Civil Veterinary Dept. Bombay admin report 1932-41 - 1932-1941
Year: 1932
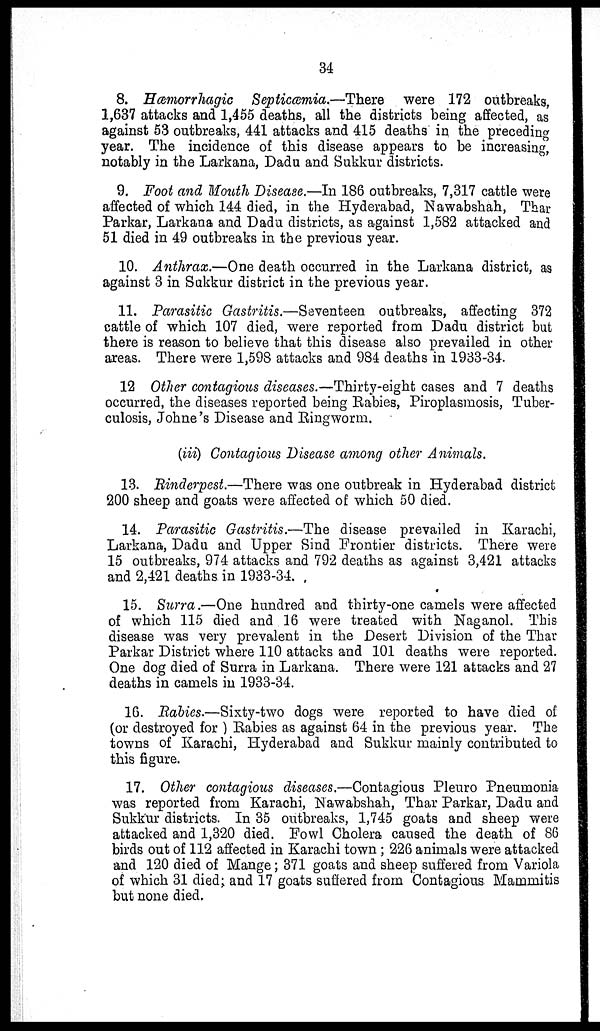
34
8. Hæmorrhagic Septicæmia.—There
were 172 outbreaks,
1,637 attacks and 1,455 deaths, all the districts being affected, as
against 53 outbreaks, 441 attacks and 415 deaths in the preceding
year. The incidence of this disease appears to be increasing,
notably in the Larkana, Dadu and Sukkur districts.
9. Foot and Mouth Disease.—In 186 outbreaks, 7,317 cattle were
affected of which 144 died, in the Hyderabad, Nawabshah, Thar
Parkar, Larkana and Dadu districts, as against 1,582 attacked and
51 died in 49 outbreaks in the previous year.
10. Anthrax.—One death occurred in the Larkana district, as
against 3 in Sakkur district in the previous year.
11. Parasitic Gastritis.—Seventeen outbreaks, affecting 372
cattle of which 107 died, were reported from Dadu district but
there is reason to believe that this disease also prevailed in other
areas. There were 1,598 attacks and 984 deaths in 1933-34.
12 Other contagious diseases.—Thirty-eight cases and 7 deaths
occurred, the diseases reported being Rabies, Piroplasmosis, Tuber-
culosis, Johne's Disease and Ringworm.
(iii) Contagious Disease among other Animals.
13. Rinderpest.—There was one outbreak in Hyderabad district
200 sheep and goats were affected of which 50 died.
14. Parasitic Gastritis.—The disease prevailed in Karachi,
Larkana, Dadu and Upper Sind Frontier districts. There were
15 outbreaks, 974 attacks and 792 deaths as against 3,421 attacks
and 2,421 deaths in 1933-34.
15. Surra.—One hundred and thirty-one camels were affected
of which 115 died and 16 were treated with Naganol. This
disease was very prevalent in the Desert Division of the Thar
Parkar District where 110 attacks and 101 deaths were reported.
One dog died of Surra in Larkana. There were 121 attacks and 27
deaths in camels in 1933-34.
16. Rabies.—Sixty-two dogs were reported to have died of
(or destroyed for ) Rabies as against 64 in the previous year. The
towns of Karachi, Hyderabad and Sukkur mainly contributed to
this figure.
17. Other contagious diseases.—Contagious Pleuro Pneumonia
was reported from Karachi, Nawabshah, Thar Parkar, Dadu and
Sukkur districts. In 35 outbreaks, 1,745 goats and sheep were
attacked and 1,320 died. Fowl Cholera caused the death of 86
birds out of 112 affected in Karachi town ; 226 animals were attacked
and 120 died of Mange ; 371 goats and sheep suffered from Variola
of which 31 died; and 17 goats suffered from Contagious Mammitis
but none died.